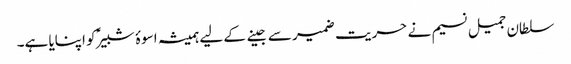
سلطان جمیل نسیم نے حریت ضمیر سے جینے کے لیے ہمیشہ اسوۂ شبیرؑ کو اپنایا ہے۔